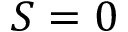
S = 0